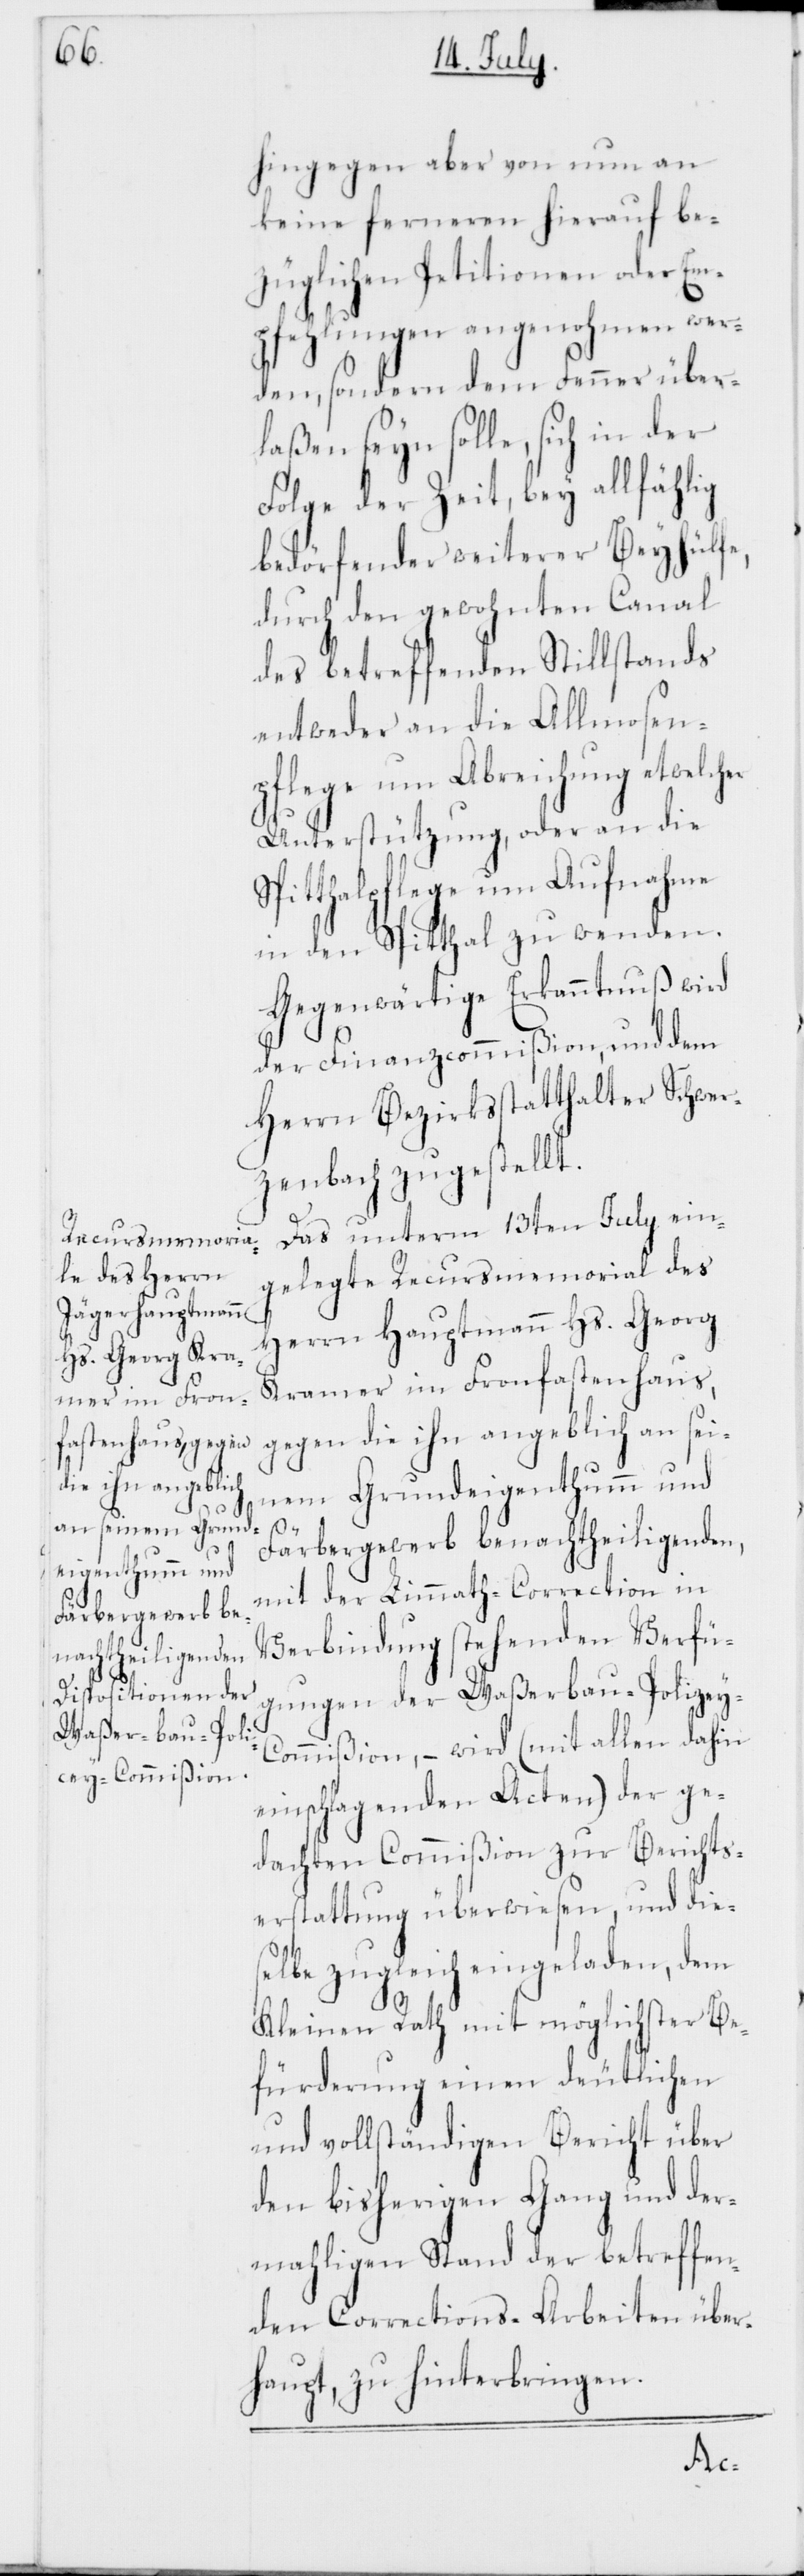
hingegen aber von nun an
keine ferneren hierauf be¬
züglichen Petitionen oder Em¬
pfehlungen angenohmen wer¬
den, sondern dem Fenner über¬
laßen seyn solle, sich in der
Folge der Zeit, bey allfählig
bedörfender weiterer Beyhülfe,
durch den gewohnten Canal
des betreffenden Stillstands
entweder an die Allmosen¬
pflege um Abreichung etwelcher
Unterstützung, oder an die
Spitthalpflege um Aufnahme
in den Spitthal zu wenden.
Gegenwärtige Erkanntnuß wird
der Finanzcommißion, und dem
Herrn Bezirksstatthalter Schwer¬
zenbach zugestellt.
Das unterm 13ten Julii ein¬
gelegte Recursmemorial des
Herrn Hauptmann Hs. Georg
Kramer im Fronfastenhaus,
gegen die ihn angeblich an sei¬
nem Grundeigenthumm und
Färbergewerb benachtheiligenden,
mit der Limmath-Correction in
Verbindung stehenden Verfü¬
gungen der Waßerbau-Polizey-C¬
ommißion, – wird (mit allen dahin
einschlagenden Acten) der ge¬
dachten Commißion zur Berichts¬
erstattung überwiesen, und die¬
selbe zugleich eingeladen, dem
Kleinen Rath mit möglichster Be¬
fürderung einen deutlichen
und vollständigen Bericht über
den bisherigen Gang und der¬
mahligen Stand der betreffen¬
den Corrections-Arbeiten über¬
haupt, zu hinterbringen.